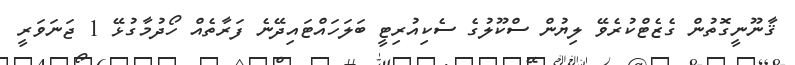
ޤާނޫނީގޮތުން ގެޒެޓްކުރެވޭ ލިޔުން ސްކޫލުގެ ސެކިއުރިޓީ ބަލަހައްޓައިދޭނެ ފަރާތެއް ހޯދުމާގުޅޭ 1 ޖަނަވަރީ